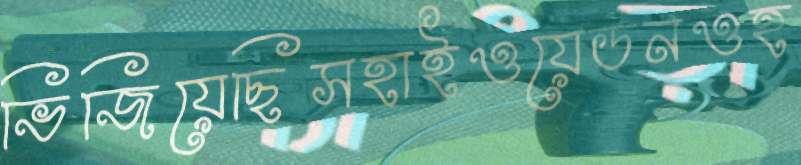
ভিজিয়েছিসহাইওয়েডনওহ